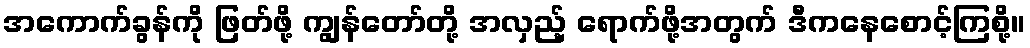
အကောက်ခွန်ကို ဖြတ်ဖို့ ကျွန်တော်တို့ အလှည့် ရောက်ဖို့အတွက် ဒီကနေစောင့်ကြစို့။